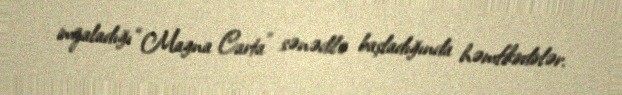
imzaladığı “Magna Carta” sənədilə başladığında həmfikirdirlər.